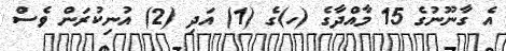
އެ ގާނޫނުގެ 15 މާއްދާގެ (ހ)ގެ (1) އަދި (2) އުނިކުރަން ވެސް